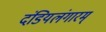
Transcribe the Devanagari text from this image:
दंडियलंगारम्